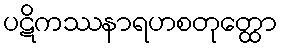
ပဋိကဿနာရဟစတုတ္ထော